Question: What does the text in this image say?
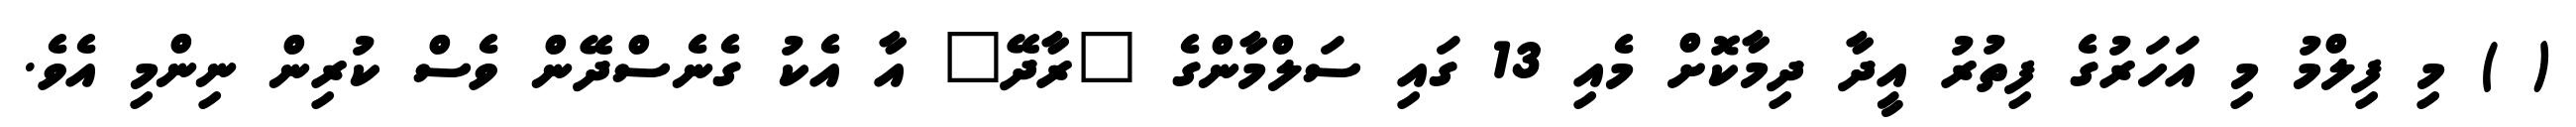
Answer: ( ) މި ފިލްމު މި އަހަރުގެ ފިތުރު އީދާ ދިމާކޮށް މެއި 13 ގައި ސަލްމާންގެ "ރާދޭ" އާ އެކު ގެނެސްދޭން ވެސް ކުރިން ނިންމި އެވެ.